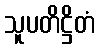
သူပတိဋ္ဌိတံ